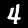
Label: 4